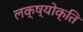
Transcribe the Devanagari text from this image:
लक्ष्योक्ति